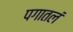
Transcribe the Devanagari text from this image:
पगातलं